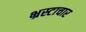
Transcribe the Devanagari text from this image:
भ्रस्टाचार